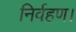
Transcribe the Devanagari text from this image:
निर्वहण।